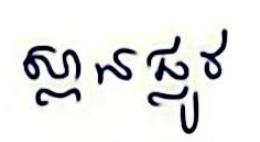
ស្ពានផ្លូវ